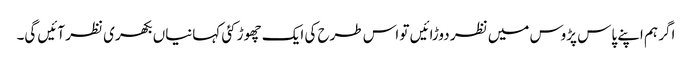
اگر ہم اپنے پاس پڑوس میں نظر دوڑائیں تو اس طرح کی ایک چھوڑ کئی کہانیاں بکھری نظر آئیں گی۔